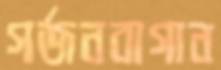
গর্জনবাগান